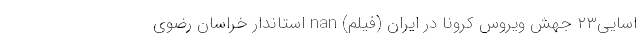
اسایی۲۳ جهش ويروس کرونا در ایران (فیلم) nan استاندار خراسان رضوی